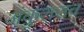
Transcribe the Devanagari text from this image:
अंकुशराव